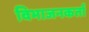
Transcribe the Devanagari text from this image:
विभाजनकर्ता